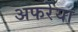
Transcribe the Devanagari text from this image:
अफरेया